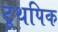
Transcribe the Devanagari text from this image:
टूथपिक